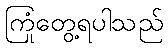
ကြုံတွေ့ရပါသည်